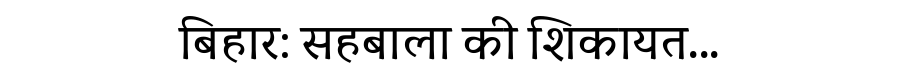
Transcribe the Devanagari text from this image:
बिहार: सहबाला की शिकायत...